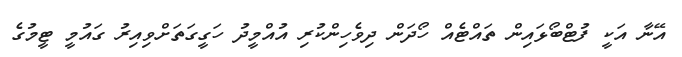
އޭނާ އަކީ ފުޓްބޯޅައިން ތައްޓެއް ހޯދަން ދިވެހިންކުރި އުއްމީދު ހަގީގަތަށްވިއިރު ގައުމީ ޓީމުގެ